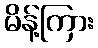
မိန့်ကြား